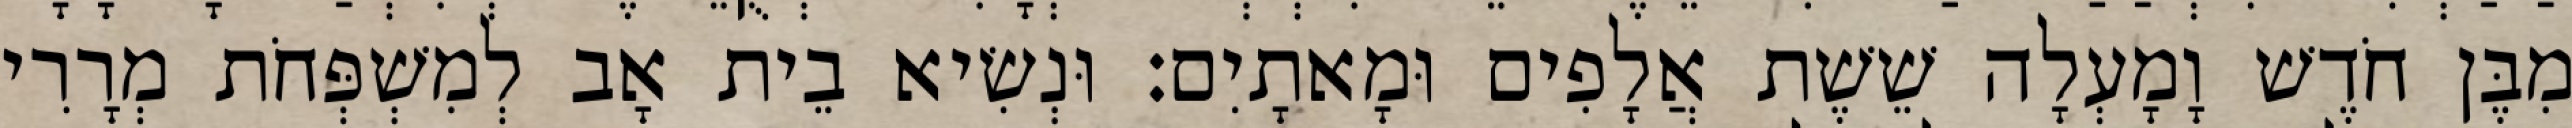
מִבֶּן חֹדֶשׁ וָמָעְלָה שֵׁשֶׁת אֲלָפִים וּמָאתָיִם׃ וּנְשִׂיא בֵית אָב לְמִשְׁפְּחֹת מְרָרִי